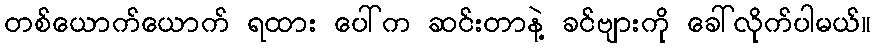
တစ်ယောက်ယောက် ရထား ပေါ်က ဆင်းတာနဲ့ ခင်ဗျားကို ခေါ်လိုက်ပါမယ်။